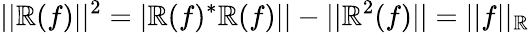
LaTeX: ||\mathbb{R}(f)||^{2}=|\mathbb{R}(f)^{\ast}\mathbb{R}(f)||-||\mathbb{R}^{2}(f)||=||f||_{\mathbb{R}}